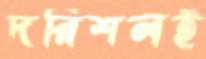
দরিশলই